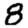
Digit: 8